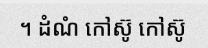
។ ដំណំ កៅស៊ូ កៅស៊ូ